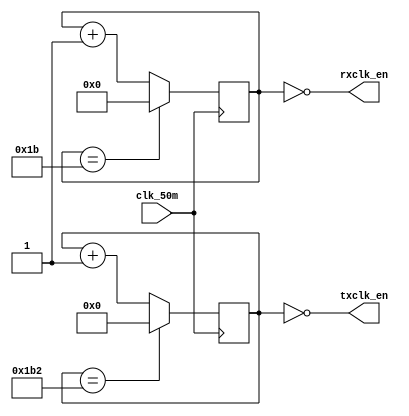
`timescale 1ns / 1ps
///////////////////////////////////////////////////////
// CMS : 041-18-0014
// Title : DSD project
// Code : UART baud rate
///////////////////////////////////////////////////////


module baud_rate(input wire clk_50m,
		     output wire rxclk_en,
		     output wire txclk_en);

parameter RX_ACC_MAX = 50000000 / (115200 * 16);
parameter TX_ACC_MAX = 50000000 / 115200;
parameter RX_ACC_WIDTH = $clog2(RX_ACC_MAX);
parameter TX_ACC_WIDTH = $clog2(TX_ACC_MAX);
reg [RX_ACC_WIDTH - 1:0] rx_acc = 0;
reg [TX_ACC_WIDTH - 1:0] tx_acc = 0;

assign rxclk_en = (rx_acc == 5'd0);
assign txclk_en = (tx_acc == 9'd0);

always @(posedge clk_50m) begin
	if (rx_acc == RX_ACC_MAX[RX_ACC_WIDTH - 1:0])
		rx_acc <= 0;
	else
		rx_acc <= rx_acc + 5'b1;
end

always @(posedge clk_50m) begin
	if (tx_acc == TX_ACC_MAX[TX_ACC_WIDTH - 1:0])
		tx_acc <= 0;
	else
		tx_acc <= tx_acc + 9'b1;
end

endmodule